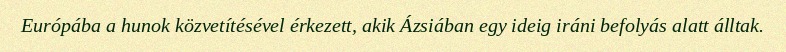
Európába a hunok közvetítésével érkezett, akik Ázsiában egy ideig iráni befolyás alatt álltak.